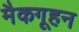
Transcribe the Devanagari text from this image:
मैकगूहन